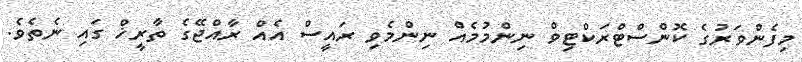
މިފެންވަރުގެ ކޮންސްޓްރަކްޓިވް ނިންމުމެއް ނިންމެވި ރައީސް އެއް ރާއްޖޭގެ ތާރީޚް ގައި ނެތެވެ.